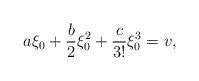
LaTeX: \begin{align*}a\xi_{0} +\frac{b}{2}\xi^{2}_{0} +\frac{c}{3!}\xi^{3}_{0}=v,\end{align*}